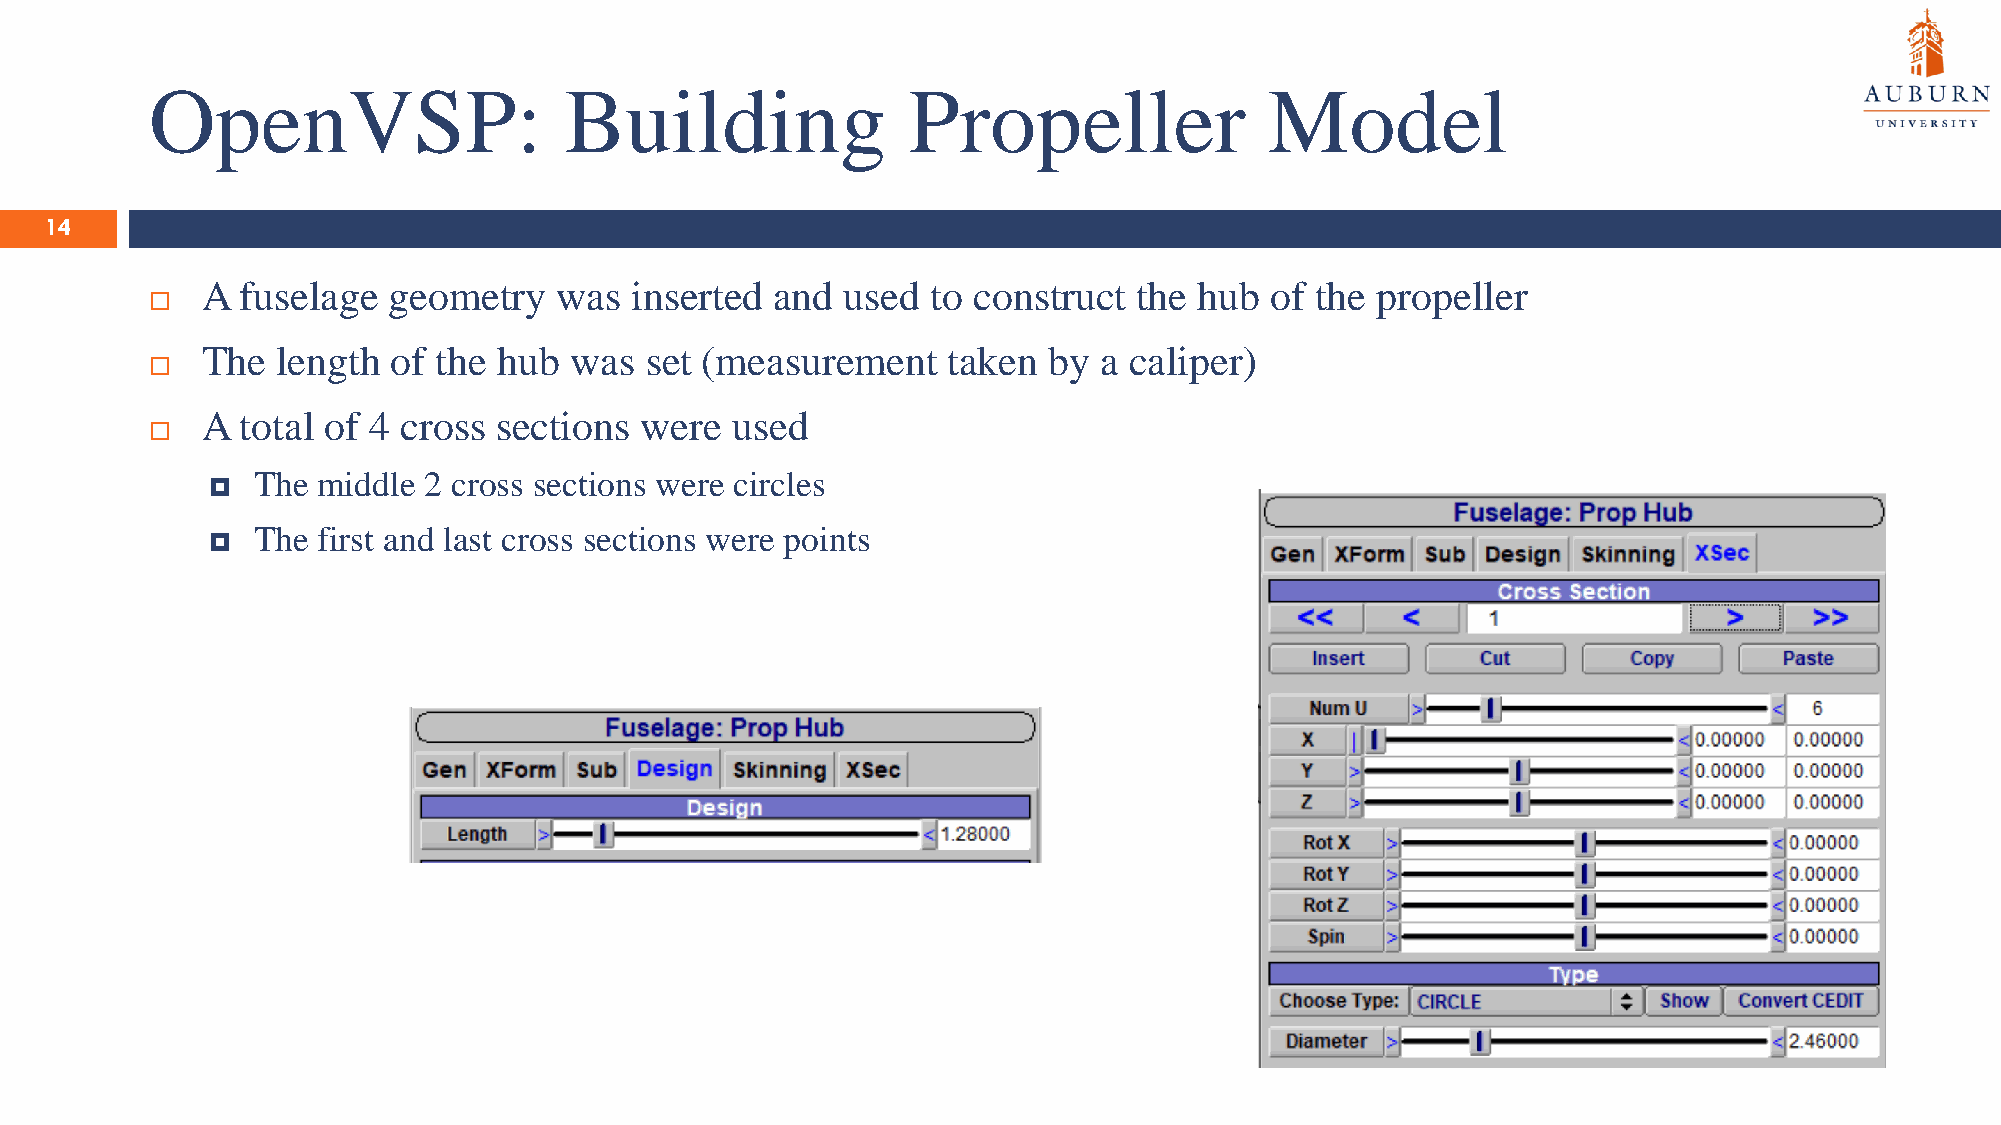
OpenVSP:                   Building               Propeller               Model
 14
 A  fuselage  geometry   was  inserted and  used  to construct the hub  of the propeller
 
 The  length  of the hub  was  set (measurement    taken by  a caliper)
 
 A  total of 4 cross sections were  used
 
 The middle 2 cross sections were circles
 
 The first and last cross sections were points
 